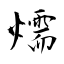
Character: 燸